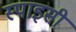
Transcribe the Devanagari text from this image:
स्‍पाइसी